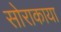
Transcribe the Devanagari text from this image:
सोराकाया